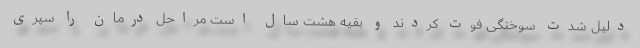
دلیل شدت سوختگی فوت کردند و بقیه هشت سال است مراحل درمان را سپری